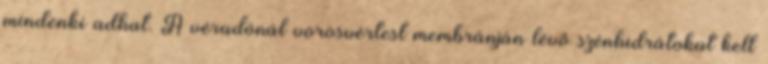
mindenki adhat. A véradónál vörösvértest membránján lévő szénhidrátokat kell